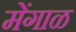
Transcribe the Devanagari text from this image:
मेंगाळ